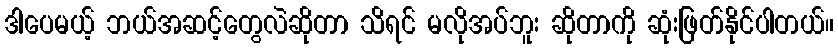
ဒါပေမယ့် ဘယ်အဆင့်တွေလဲဆိုတာ သိရင် မလိုအပ်ဘူး ဆိုတာကို ဆုံးဖြတ်နိုင်ပါတယ်။